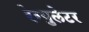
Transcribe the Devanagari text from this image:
रेग्‍युलेटर